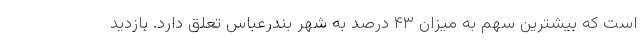
است که بیشترین سهم به میزان ۴۳ درصد به شهر بندرعباس تعلق دارد. بازدید